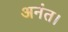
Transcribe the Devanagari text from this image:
अनंत।